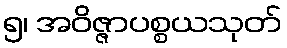
၅၊ အဝိဇ္ဇာပစ္စယသုတ်